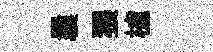
曩猥櫨